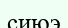
сиюэ